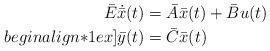
LaTeX: \begin{align*} \bar{E} \dot{\bar{x}}(t) & = \bar{A} \bar{x}(t) + \bar{B} u(t) \\begin{align*}1ex] \bar{y}(t) & = \bar{C} \bar{x}(t) \end{align*}